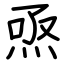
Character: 焏